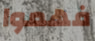
فهموا